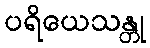
ပရိယေသန္တု